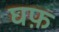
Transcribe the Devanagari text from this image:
घफ़